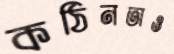
কঠিনতাও